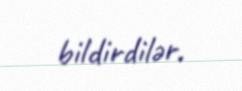
bildirdilər.